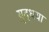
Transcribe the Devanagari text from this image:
युद्धया